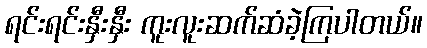
ရင်းရင်းနှီးနှီး ကူးလူးဆက်ဆံခဲ့ကြပါတယ်။